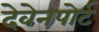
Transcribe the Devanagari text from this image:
देवेनपोर्ट